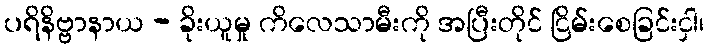
ပရိနိဗ္ဗာနာယ - ခိုးယူမှု ကိလေသာမီးကို အပြီးတိုင် ငြိမ်းစေခြင်းငှါ၊